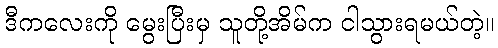
ဒီကလေးကို မွေးပြီးမှ သူတို့အိမ်က ငါသွားရမယ်တဲ့။